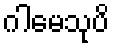
ဂါမေသုပိ